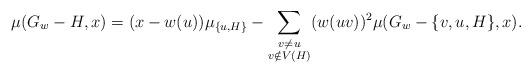
LaTeX: \begin{align*}\mu(G_w-H,x)=(x-w(u))\mu_{\{u,H\}}-\displaystyle\sum_{\substack{v\neq u \\ v\notin V(H)}}(w(uv))^{2}\mu(G_w-\{v,u,H\},x).\end{align*}